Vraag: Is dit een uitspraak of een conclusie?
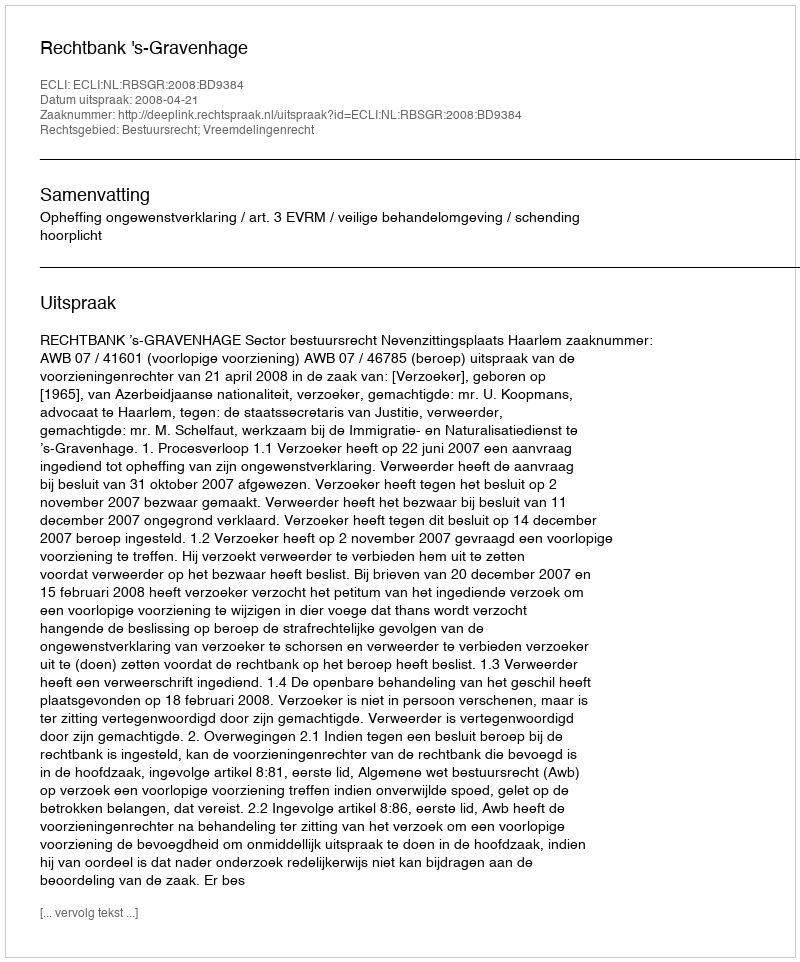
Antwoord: Uitspraak